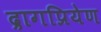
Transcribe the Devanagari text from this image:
द्रागप्रियेण